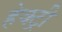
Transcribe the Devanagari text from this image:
हेक्ट्री